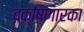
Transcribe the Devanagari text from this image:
दक्षिणारका